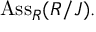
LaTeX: \mathrm { A s s } _ { R } ( R / J ) .